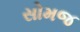
સોમજ